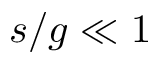
s / g \ll 1